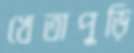
খেতাপুড়ি